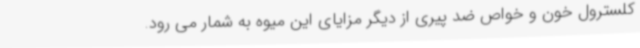
کلسترول خون و خواص ضد پیری از دیگر مزایای این میوه به شمار می رود.